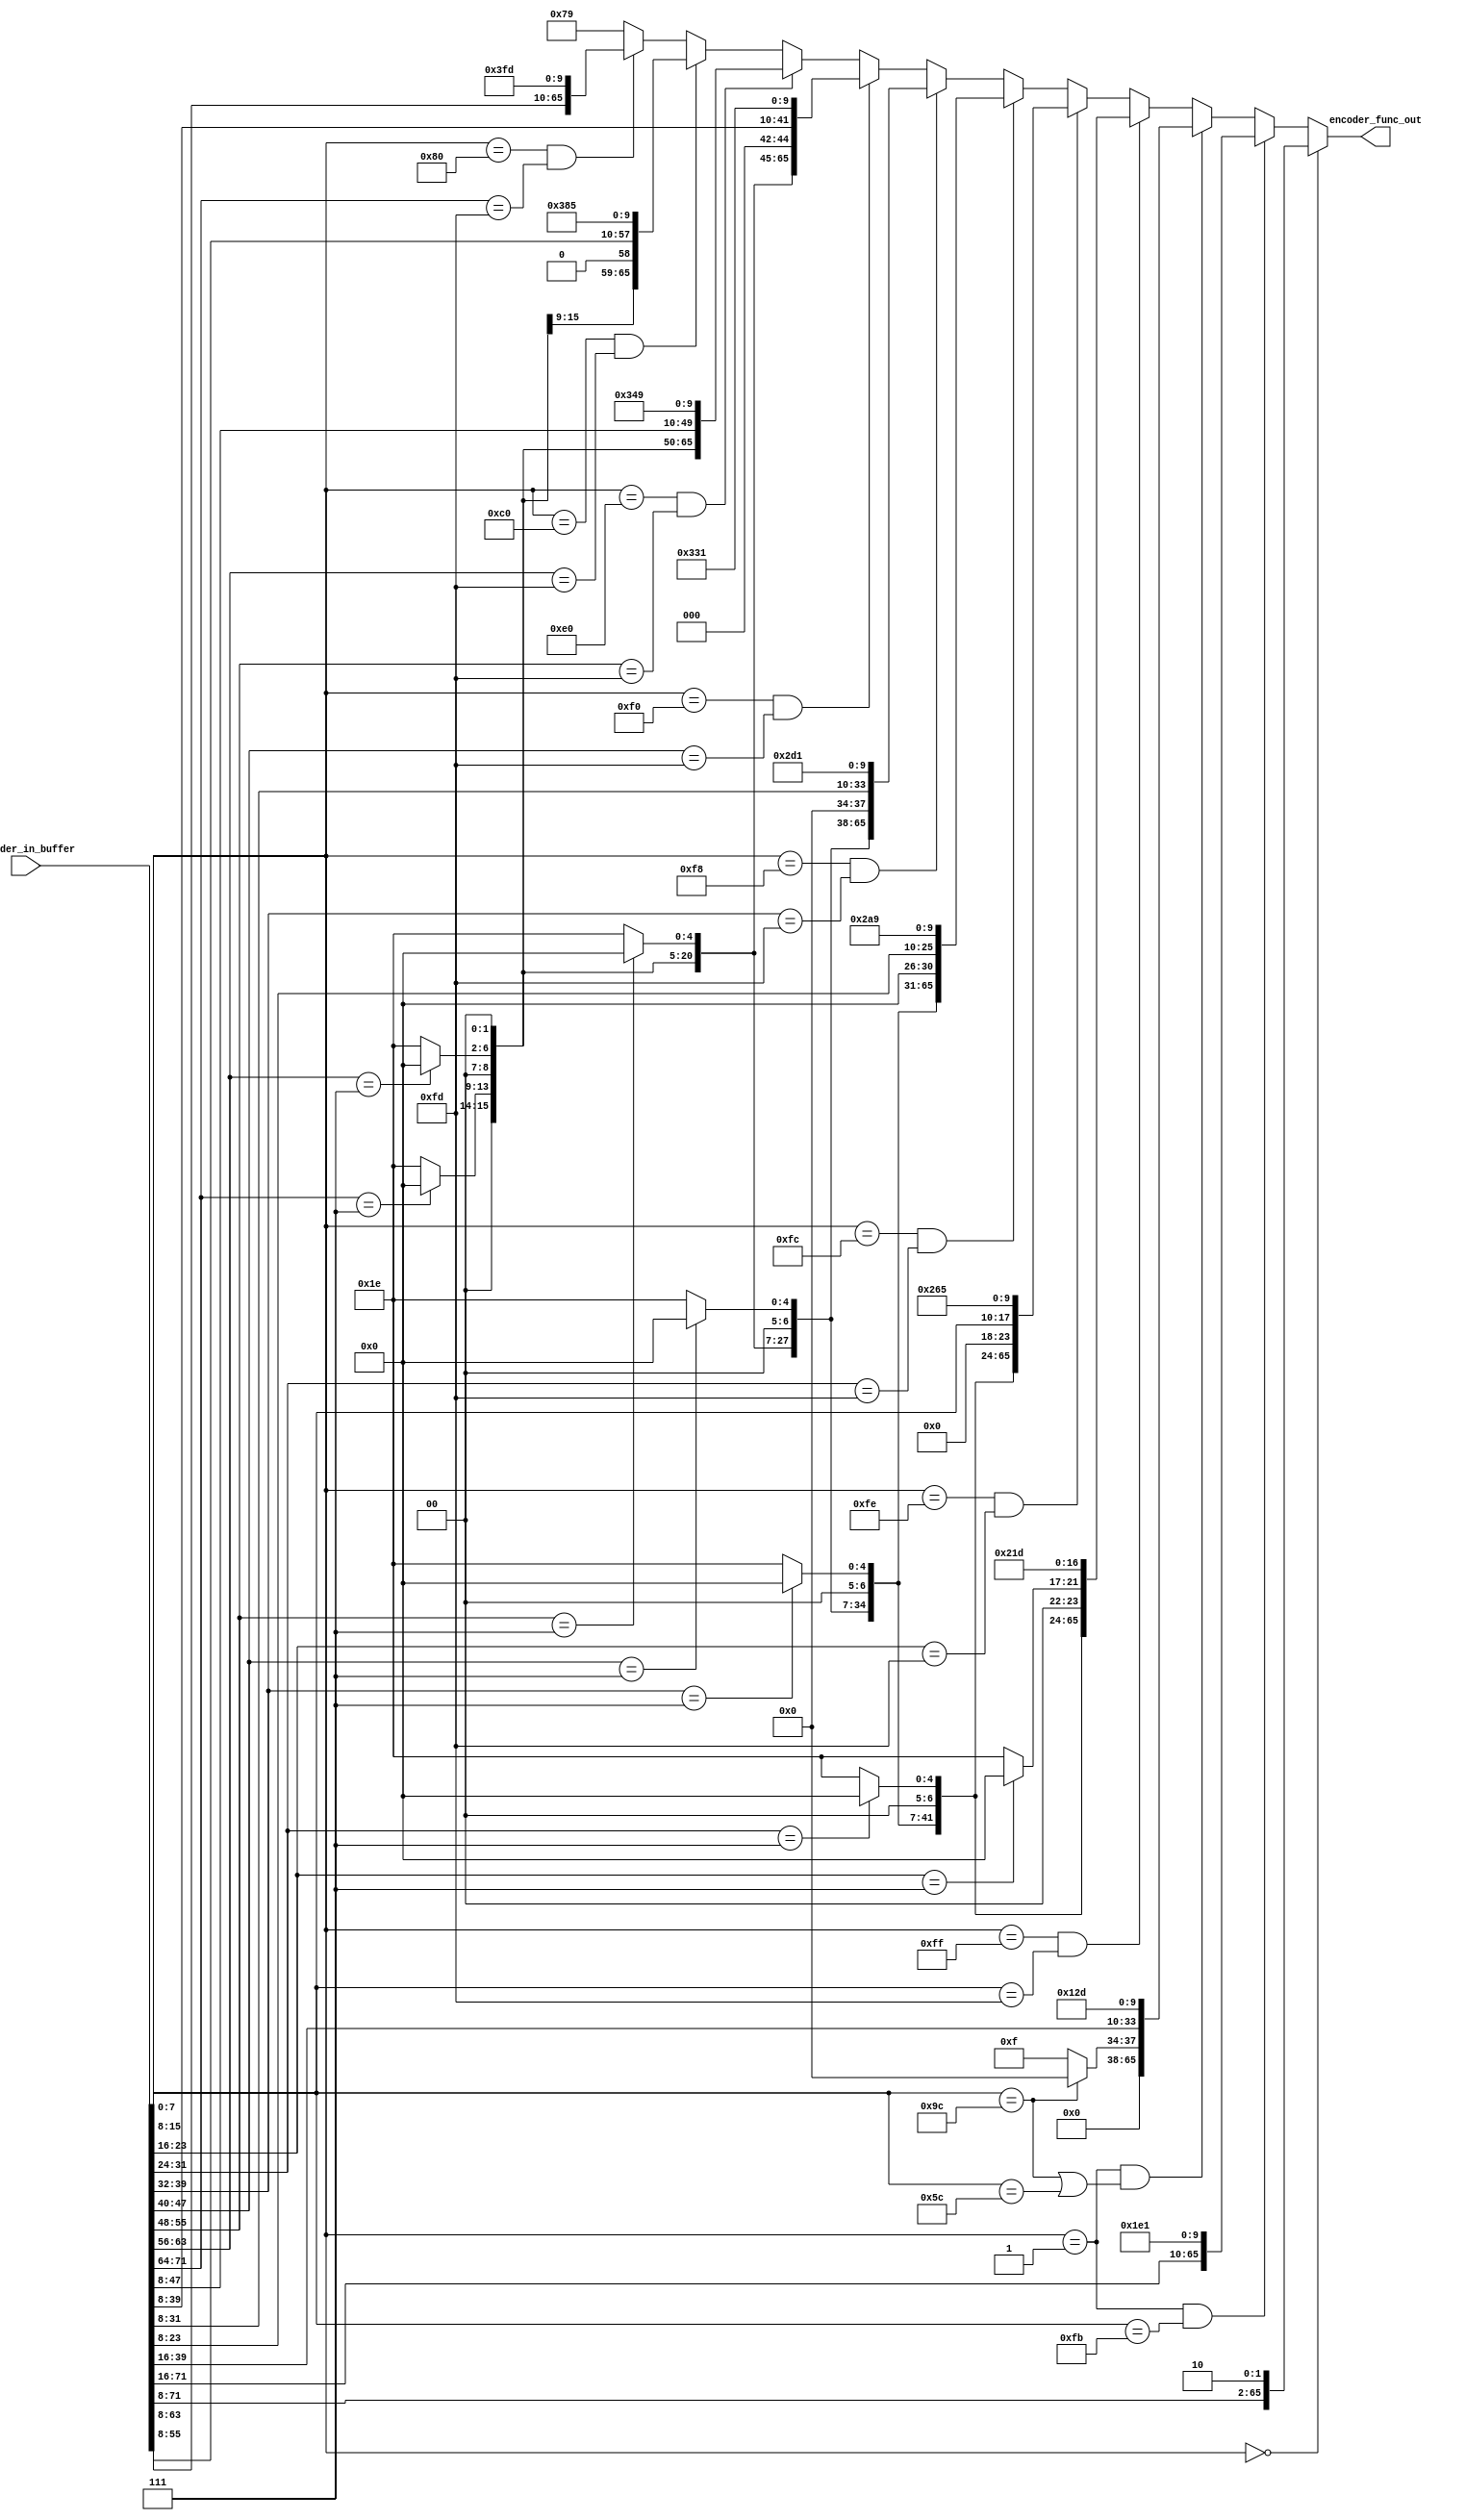
module encode_func(
   input wire [71:0] encoder_in_buffer,
   output reg [65:0] encoder_func_out  
);

wire [6:0] idle_or_error_lane_2;
wire [6:0] idle_or_error_lane_3;
wire [6:0] idle_or_error_lane_4;
wire [6:0] idle_or_error_lane_5;
wire [6:0] idle_or_error_lane_6;
wire [6:0] idle_or_error_lane_7;

wire is_idle_lane_1,is_idle_lane_2,is_idle_lane_3,is_idle_lane_4,is_idle_lane_5,is_idle_lane_6,is_idle_lane_7;

always@*
	if(encoder_in_buffer[7:0]==8'b00000000)						// All data
		encoder_func_out={encoder_in_buffer[71:8],2'b10};
	
	else if(encoder_in_buffer[7:0]==8'b00000001&&encoder_in_buffer[15:8]==8'hFB)			//start and data
		encoder_func_out={encoder_in_buffer[71:16],8'h78,2'b01};
		
	else if(encoder_in_buffer[7:0]==8'b00000001&&(encoder_in_buffer[15:8]==8'h9C||encoder_in_buffer[15:8]==8'h5C)) //Ordered set
		encoder_func_out={28'h0,(encoder_in_buffer[15:8]==8'h9C)?4'h0:4'hF,encoder_in_buffer[39:16],8'h4B,2'b01};
		
	else if(encoder_in_buffer[7:0]==8'b11111111&&encoder_in_buffer[15:8]==8'hFD)		//1st terminator
	
		encoder_func_out={idle_or_error_lane_7,idle_or_error_lane_6,idle_or_error_lane_5,idle_or_error_lane_4,
								idle_or_error_lane_3,idle_or_error_lane_2,is_idle_lane_1?7'h00:7'h1E,7'h00,8'h87,2'b01};
			
	else if(encoder_in_buffer[7:0]==8'b11111110&&encoder_in_buffer[23:16]==8'hFD)		//2nd terminator
	
		encoder_func_out={idle_or_error_lane_7,idle_or_error_lane_6,idle_or_error_lane_5,idle_or_error_lane_4,
								idle_or_error_lane_3,idle_or_error_lane_2,6'h00,encoder_in_buffer[15:8],8'h99,2'b01};

	else if(encoder_in_buffer[7:0]==8'b11111100&&encoder_in_buffer[31:24]==8'hFD)		//3rd terminator
	
		encoder_func_out={idle_or_error_lane_7,idle_or_error_lane_6,idle_or_error_lane_5,idle_or_error_lane_4,
								idle_or_error_lane_3,5'h00,encoder_in_buffer[23:8],8'hAA,2'b01};
								
	else if(encoder_in_buffer[7:0]==8'b11111000&&encoder_in_buffer[39:32]==8'hFD)		//4th terminator
	
		encoder_func_out={idle_or_error_lane_7,idle_or_error_lane_6,idle_or_error_lane_5,idle_or_error_lane_4,
								4'h00,encoder_in_buffer[31:8],8'hB4,2'b01};	
									
	else if(encoder_in_buffer[7:0]==8'b11110000&&encoder_in_buffer[47:40]==8'hFD)		//5th terminator
	
		encoder_func_out={idle_or_error_lane_7,idle_or_error_lane_6,idle_or_error_lane_5,
								3'h00,encoder_in_buffer[39:8],8'hCC,2'b01};
					
	else if(encoder_in_buffer[7:0]==8'b11100000&&encoder_in_buffer[55:48]==8'hFD)		//6th terminator
	
		encoder_func_out={idle_or_error_lane_7,idle_or_error_lane_6,2'h00,encoder_in_buffer[47:8],8'hD2,2'b01};	
		
	else if(encoder_in_buffer[7:0]==8'b11000000&&encoder_in_buffer[63:56]==8'hFD)		//7th terminator
	
		encoder_func_out={idle_or_error_lane_7,1'h00,encoder_in_buffer[55:8],8'hE1,2'b01};	
		
	else if(encoder_in_buffer[7:0]==8'b10000000&&encoder_in_buffer[71:64]==8'hFD)		//8th terminator
	
		encoder_func_out={encoder_in_buffer[63:8],8'hFF,2'b01};
			
	else																										//All control idle
		encoder_func_out={56'h00,8'h1E,2'b01};
	
/////////////////////////////////////////////////////
assign is_idle_lane_1 = (encoder_in_buffer[23:16] == 8'h07);
assign is_idle_lane_2 = (encoder_in_buffer[31:24] == 8'h07);
assign is_idle_lane_3 = (encoder_in_buffer[39:32] == 8'h07);
assign is_idle_lane_4 = (encoder_in_buffer[47:40] == 8'h07);
assign is_idle_lane_5 = (encoder_in_buffer[55:48] == 8'h07);
assign is_idle_lane_6 = (encoder_in_buffer[63:56] == 8'h07);
assign is_idle_lane_7 = (encoder_in_buffer[71:64] == 8'h07);

assign idle_or_error_lane_2=is_idle_lane_2?7'h00:7'h1E;
assign idle_or_error_lane_3=is_idle_lane_3?7'h00:7'h1E;
assign idle_or_error_lane_4=is_idle_lane_4?7'h00:7'h1E;
assign idle_or_error_lane_5=is_idle_lane_5?7'h00:7'h1E;
assign idle_or_error_lane_6=is_idle_lane_6?7'h00:7'h1E;
assign idle_or_error_lane_7=is_idle_lane_7?7'h00:7'h1E;

//////////////////////////////////////////////////////
	


endmodule